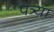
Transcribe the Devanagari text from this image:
पत्र्या